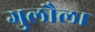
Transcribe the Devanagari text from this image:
गुलौला